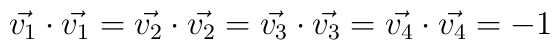
\vec{v_{1}} \cdot \vec{v_{1}}= \vec{v_{2}} \cdot \vec{v_{2}}=\vec{v_{3}} \cdot \vec{v_{3}}=\vec{v_{4}} \cdot \vec{v_{4}}=-1